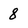
Character: 8